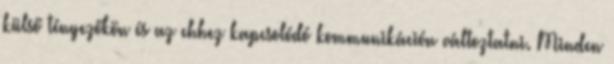
külső tényezőkön és az ehhez kapcsolódó kommunikáción változtatni. Minden